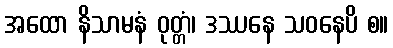
အထော နိသာမနံ ဝုတ္တံ၊ ဒဿနေ သဝနေပိ စ။